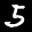
Label: 5